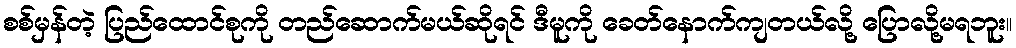
စစ်မှန်တဲ့ ပြည်ထောင်စုကို တည်ဆောက်မယ်ဆိုရင် ဒီမူကို ခေတ်နောက်ကျတယ်လို့ ပြောလို့မရဘူး။